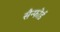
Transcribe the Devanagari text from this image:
सैन्फोर्ड